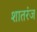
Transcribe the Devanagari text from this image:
शातरंज